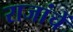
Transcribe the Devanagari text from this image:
राजांचें